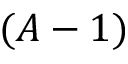
( A - 1 )